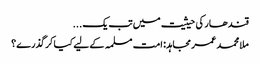
‏قندھار کی حیثیت میں تب یک ...
ملا محمد عمر مجاہد: امت مسلمہ کے لیے کیا کرگذرے؟